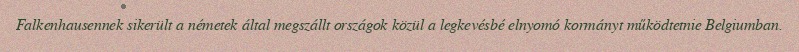
Falkenhausennek sikerült a németek által megszállt országok közül a legkevésbé elnyomó kormányt működtetnie Belgiumban.